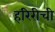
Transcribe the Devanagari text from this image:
हरिरीची